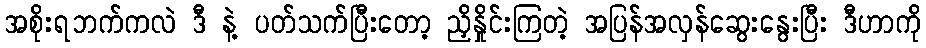
အစိုးရဘက်ကလဲ ဒီ နဲ့ ပတ်သက်ပြီးတော့ ညှိနှိုင်းကြတဲ့ အပြန်အလှန်ဆွေးနွေးပြီး ဒီဟာကို